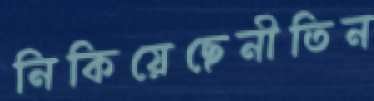
নিকিয়েছেনীতিন